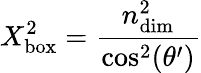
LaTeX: X_{\mathrm{box}}^{2}=\frac{n_{\mathrm{dim}}^{2}}{\cos^{2}(\theta^{\prime})}